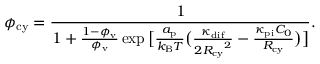
\phi _ { \mathrm { c y } } = \frac { 1 } { 1 + \frac { 1 - \phi _ { \mathrm { v } } } { \phi _ { \mathrm { v } } } \exp \big [ \frac { a _ { \mathrm { p } } } { k _ { \mathrm { B } } T } \big ( \frac { \kappa _ { \mathrm { d i f } } } { { 2 R _ { \mathrm { c y } } } ^ { 2 } } - \frac { \kappa _ { \mathrm { p i } } C _ { 0 } } { R _ { \mathrm { c y } } } \big ) \big ] } .